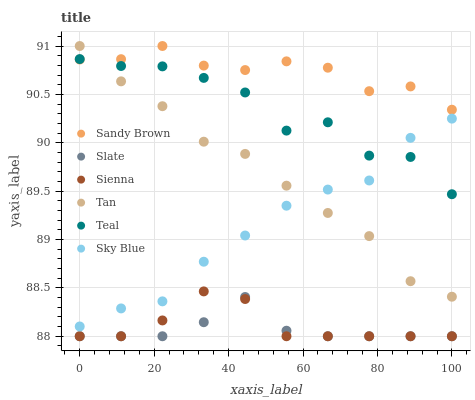
| xaxis_label | Sandy Brown | Slate | Sienna | Tan | Teal | Sky Blue |
 | --- | --- | --- | --- | --- | --- | --- |
 | 0 | 90.9 | 88 | 88 | 91 | 90.9 | 88.1 |
 | 11.1 | 90.9 | 88 | 88 | 90.6 | 90.8 | 88.3 |
 | 22.2 | 91 | 88 | 88.2 | 90.4 | 90.8 | 88.4 |
 | 33.3 | 90.8 | 88.1 | 88.5 | 90 | 90.7 | 88.8 |
 | 44.4 | 90.8 | 88.4 | 88.4 | 89.9 | 90.5 | 89 |
 | 55.6 | 90.8 | 88.1 | 88 | 89.6 | 90.1 | 89.3 |
 | 66.7 | 90.8 | 88 | 88 | 89.3 | 90.2 | 89.5 |
 | 77.8 | 90.5 | 88 | 88 | 89 | 89.9 | 89.6 |
 | 88.9 | 90.6 | 88 | 88 | 88.6 | 89.9 | 90.1 |
 | 100 | 90.3 | 88 | 88 | 88.4 | 89.5 | 90.2 |